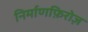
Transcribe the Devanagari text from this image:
निर्माणफ़िरोज़